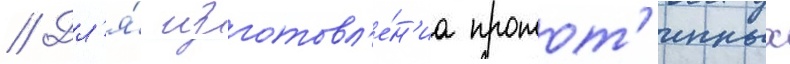
// Дл'я́ изготовл'е́н'иа протот'ипных